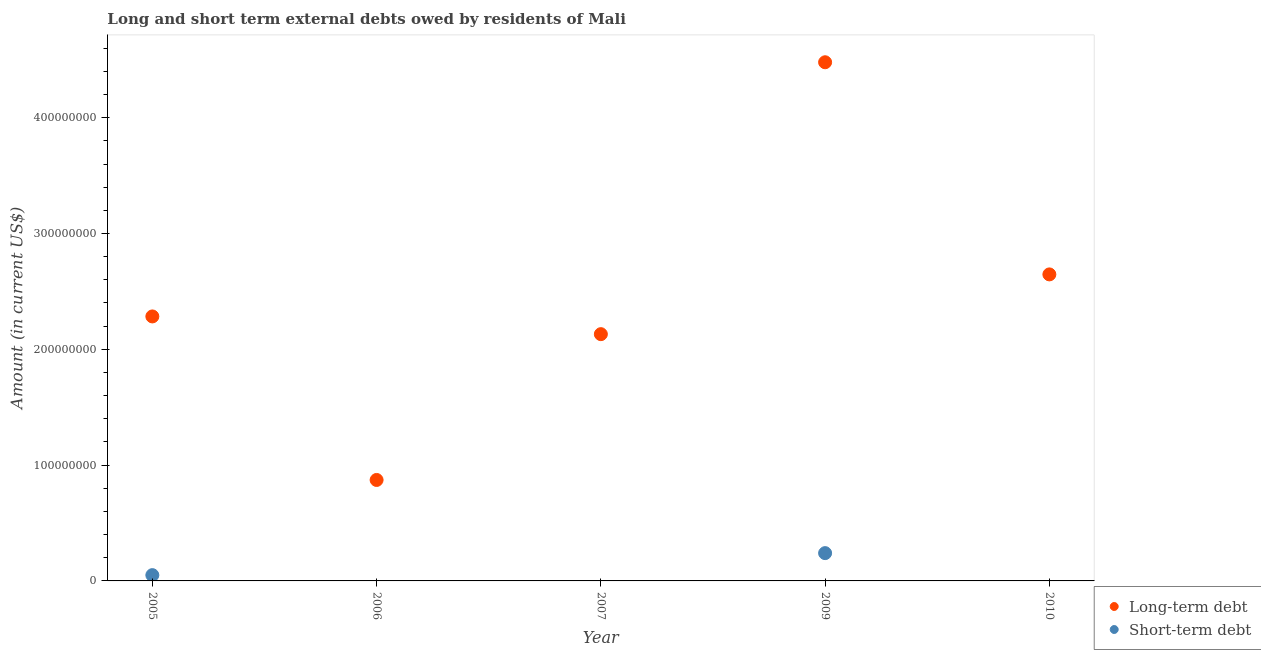
| Year | Long-term debt | Short-term debt |
 | --- | --- | --- |
 | 2005 | 2.28e+08 | 5e+06 |
 | 2006 | 8.72e+07 | -2.5e+07 |
 | 2007 | 2.13e+08 | -2.4e+07 |
 | 2009 | 4.48e+08 | 2.4e+07 |
 | 2010 | 2.65e+08 | -1.8e+07 |